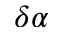
\delta \alpha